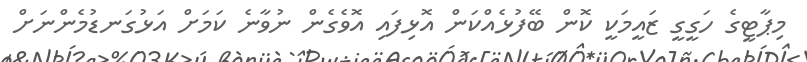
މިޕާޓީގެ ހަގީގީ ޒައީމަކީ ކޮން ބޭފުޅެއްކަން އޮޅިފައި އޮވެގެން ނުވާނެ ކަމަށް އަޅުގަނޑުމެންނަށް